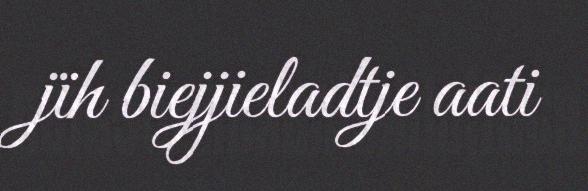
jïh biejjieladtje aati